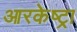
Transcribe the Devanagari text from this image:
आरकेष्ट्रा